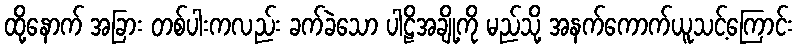
ထို့နောက် အခြား တစ်ပါးကလည်း ခက်ခဲသော ပါဠိအချို့ကို မည်သို့ အနက်ကောက်ယူသင့်ကြောင်း